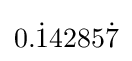
0.{\dot {1}}4285{\dot {7}}